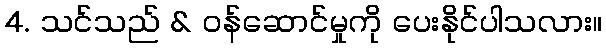
4. သင်သည် & ဝန်ဆောင်မှုကို ပေးနိုင်ပါသလား။